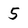
Character: 5